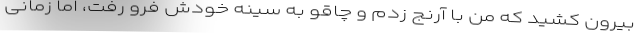
بیرون کشید که من با آرنج زدم و چاقو به سینه خودش فرو رفت، اما زمانی